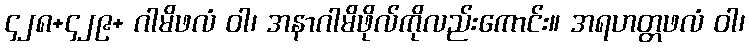
၄၂၈+၄၂၉+ ဂါမိဖလံ ဝါ၊ အနာဂါမိဖိုလ်ကိုလည်းကောင်း။ အရဟတ္တဖလံ ဝါ၊